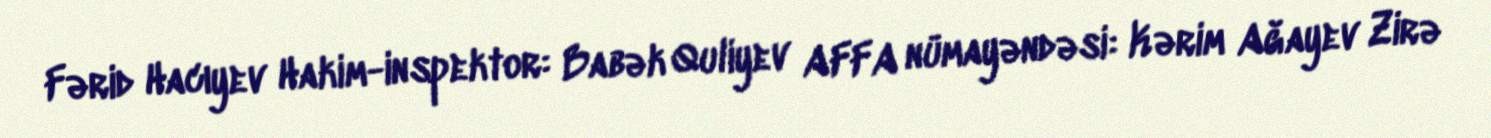
Fərid Hacıyev Hakim-inspektor: Babək Quliyev AFFA nümayəndəsi: Kərim Ağayev Zirə